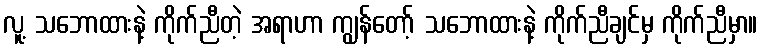
လူ့ သဘောထားနဲ့ ကိုက်ညီတဲ့ အရာဟာ ကျွန်တော့် သဘောထားနဲ့ ကိုက်ညီချင်မှ ကိုက်ညီမှာ။